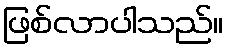
ဖြစ်လာပါသည်။